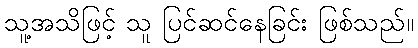
သူ့အသိဖြင့် သူ ပြင်ဆင်နေခြင်း ဖြစ်သည်။